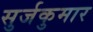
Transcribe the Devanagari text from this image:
सुर्जकुमार